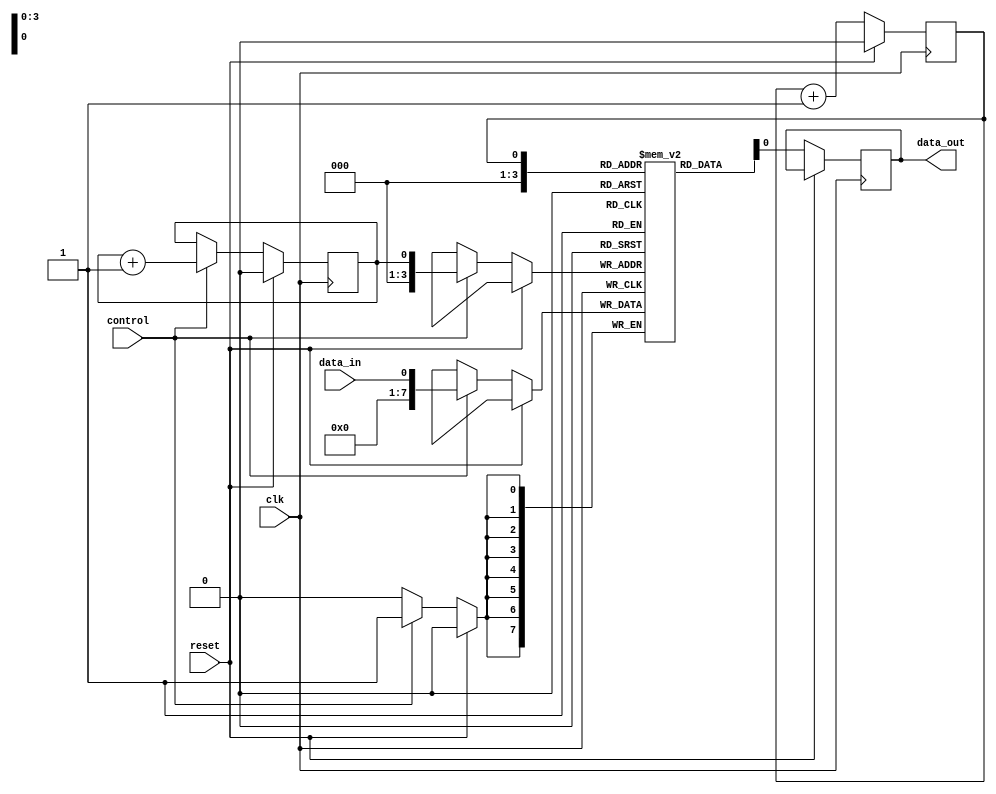
module fifo_buffer (
    input clk,
    input reset,
    input data_in,
    input control,
    output reg data_out
);

reg [7:0] buffer [0:15];
reg read_pointer, write_pointer;

always @ (posedge clk) begin
    if (reset) begin
        read_pointer <= 0;
        write_pointer <= 0;
    end else begin
        if (control) begin
            buffer[write_pointer] <= data_in;
            write_pointer <= write_pointer + 1;
        end
        data_out <= buffer[read_pointer];
        read_pointer <= read_pointer + 1;
    end
end

endmodule